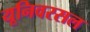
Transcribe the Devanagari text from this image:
यूनिवरसल